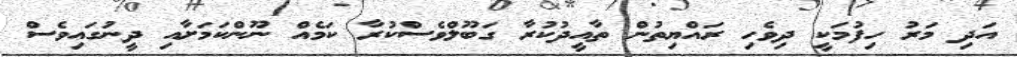
އަދި މަރު ހިފުމަކީ ދިވެހި ރައްޔިތުން ތާއީދުކުރާ ގަބޫލްވެސްކުރާ ކަމެއް ނޫންކަމަށާއި ދީނުގައިވެސް